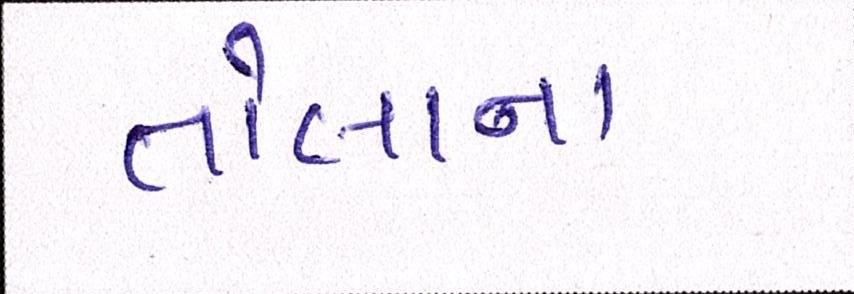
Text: તોલાના